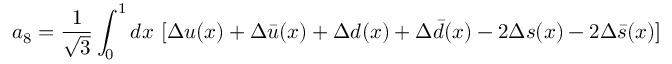
a _ { 8 } = { \frac { 1 } { \sqrt { 3 } } } \int _ { 0 } ^ { 1 } d x ~ [ \Delta u ( x ) + \Delta \bar { u } ( x ) + \Delta d ( x ) + \Delta \bar { d } ( x ) - 2 \Delta s ( x ) - 2 \Delta \bar { s } ( x ) ]